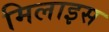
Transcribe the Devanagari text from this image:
मिलाइस